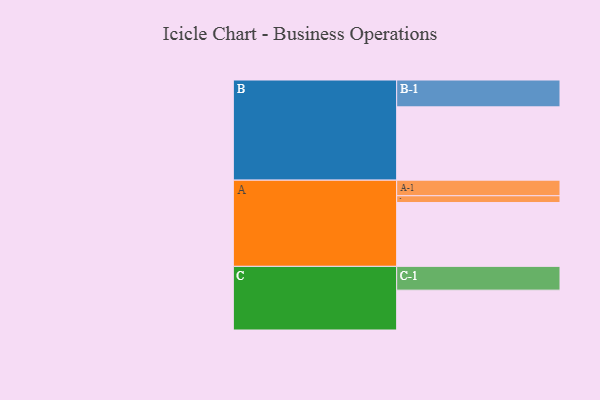
{"axis": {"x": "Segment", "y": "Value"}, "legend": ["", "A", "B", "C"], "data": [{"x": "A", "y": 521, "type": ""}, {"x": "B", "y": 598, "type": ""}, {"x": "C", "y": 325, "type": ""}, {"x": "A-1", "y": 127, "type": "A"}, {"x": "A-2", "y": 55, "type": "A"}, {"x": "B-1", "y": 219, "type": "B"}, {"x": "C-1", "y": 194, "type": "C"}]}